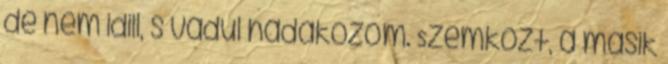
de nem idill, s vadul hadakozom. Szemközt, a másik